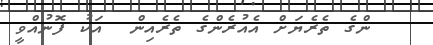
ންގެ ތެރެޔަށް އެއުރެންގެ ތެރެއިން  އަކު ފޮނުއްވީ